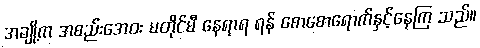
အချို့က အစည်းအေဝး မတိုင်မီ နေရာရ ရန် စောစောရောက်နှင့်နေကြ သည်။